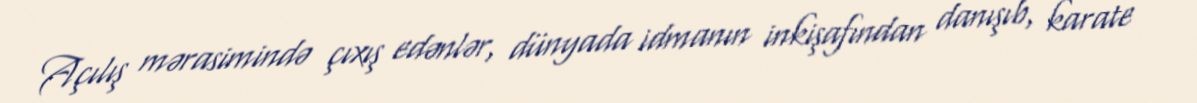
Açılış mərasimində çıxış edənlər, dünyada idmanın inkişafından danışıb, karate